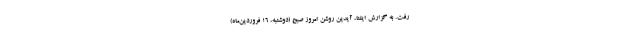
رفت. به گزارش ایلنا، آیدین روشن امروز صبح (دوشنبه، ۱۶ فروردین‌ماه)